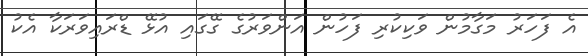
އެ ފަހަރު މަގާމުން ވަކިކުރި ފަހުން އަންވަރުގެ ގޭގައި އުޅޭ ޑްރައިވަރަކާ އެކު